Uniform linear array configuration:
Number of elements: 16
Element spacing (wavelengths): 0.75
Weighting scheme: kaiser
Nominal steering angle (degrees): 30
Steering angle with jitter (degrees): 30.27
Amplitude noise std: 0.05
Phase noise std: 0.05

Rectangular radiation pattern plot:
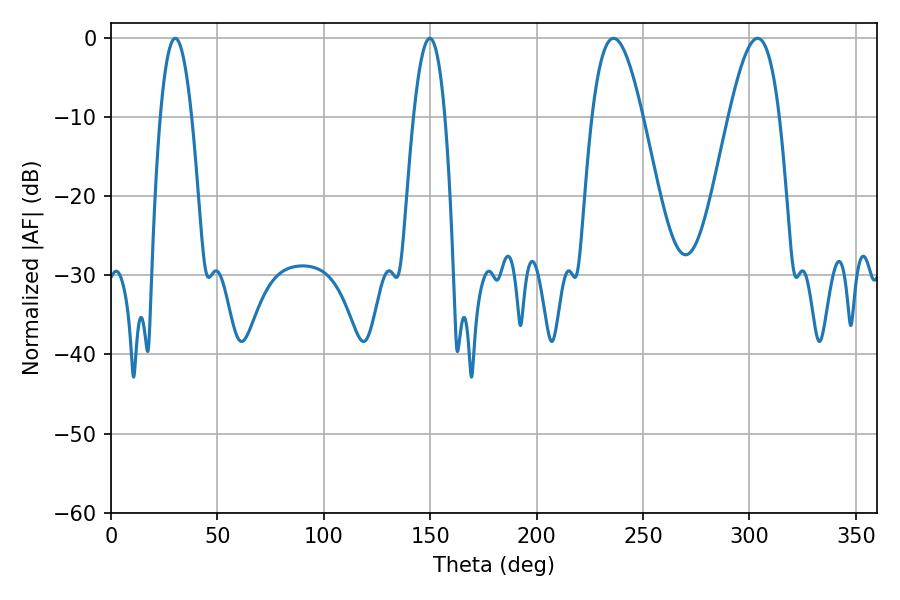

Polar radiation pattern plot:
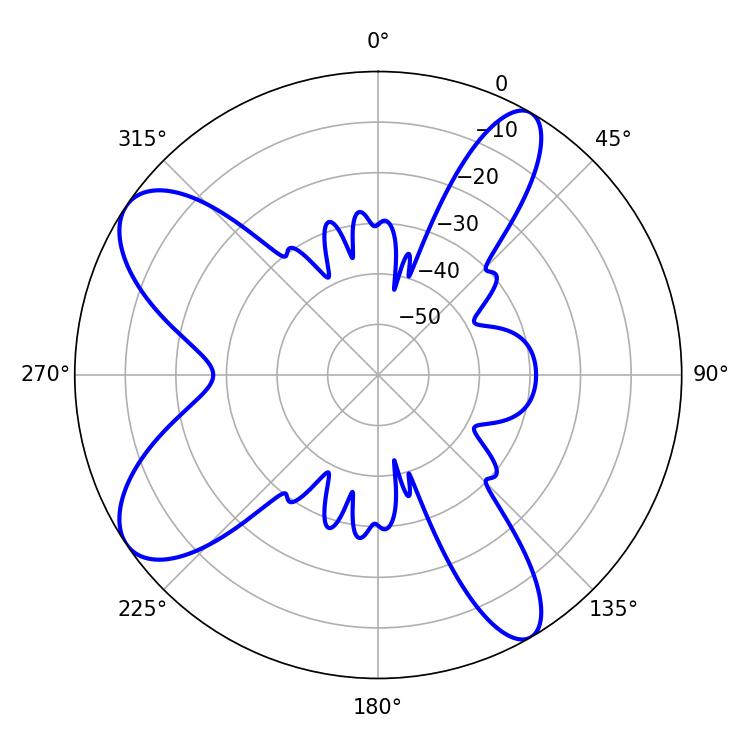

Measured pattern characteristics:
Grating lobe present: TRUE
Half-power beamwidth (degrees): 12.96
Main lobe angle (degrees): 236.16